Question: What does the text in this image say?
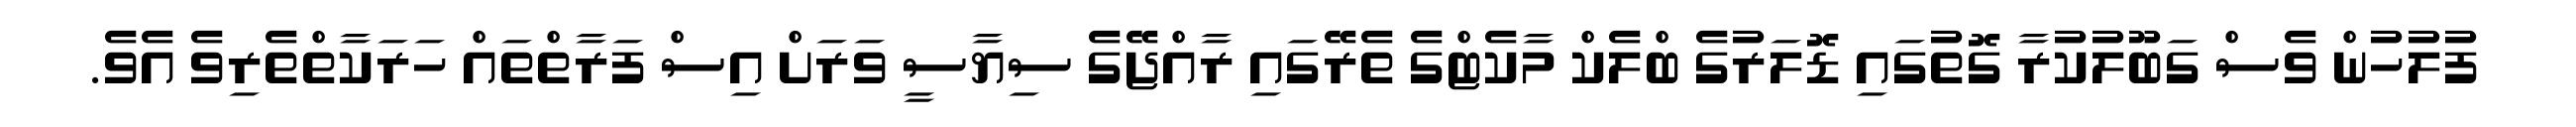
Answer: ފުލުހުން ވެސް ގަބޫލުކުރާ ގޮތުގައި ޑޮލަރުގެ ބްލެކް މާކެޓްގެ ތެރޭގައި ރާއްޖޭގެ ސިޔާސީ ވަރަށް އިސް ފަރާތްތައް ހަރަކާތްތެރިވެ އެވެ.